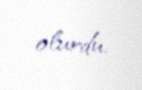
olurdu.